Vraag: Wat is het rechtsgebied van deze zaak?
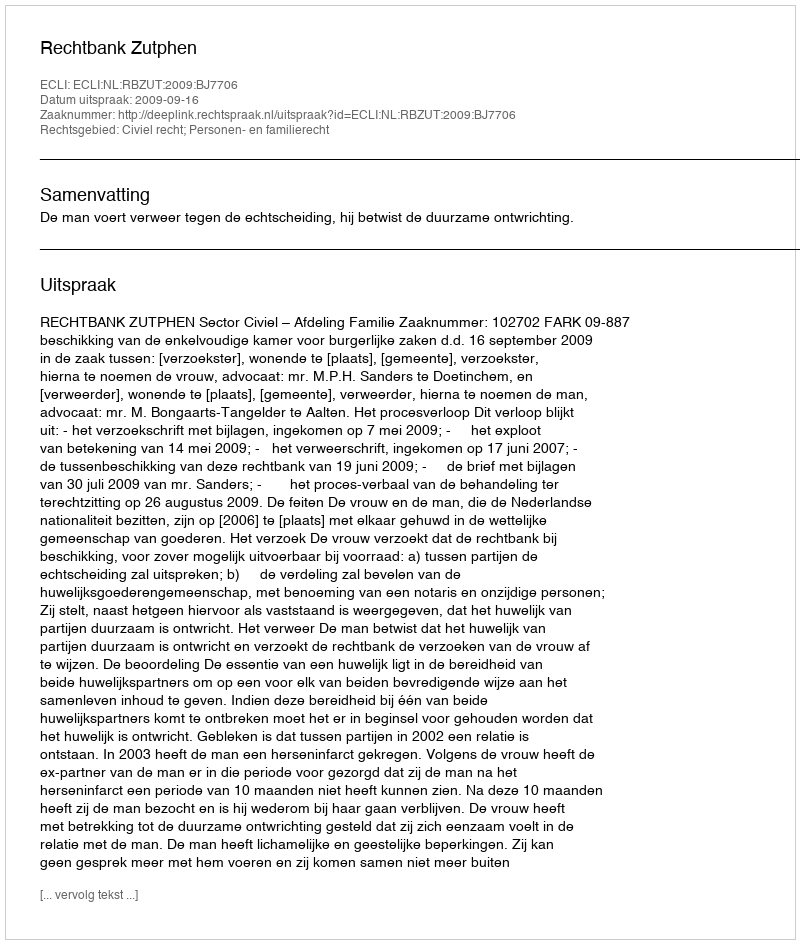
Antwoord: Civiel recht; Personen- en familierecht